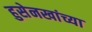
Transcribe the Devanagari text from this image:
हुसेनखांच्या